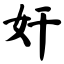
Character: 奸